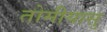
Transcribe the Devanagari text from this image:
तोमीयासु